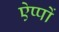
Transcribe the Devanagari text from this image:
ऐप्पों